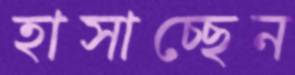
হাসাচ্ছেন